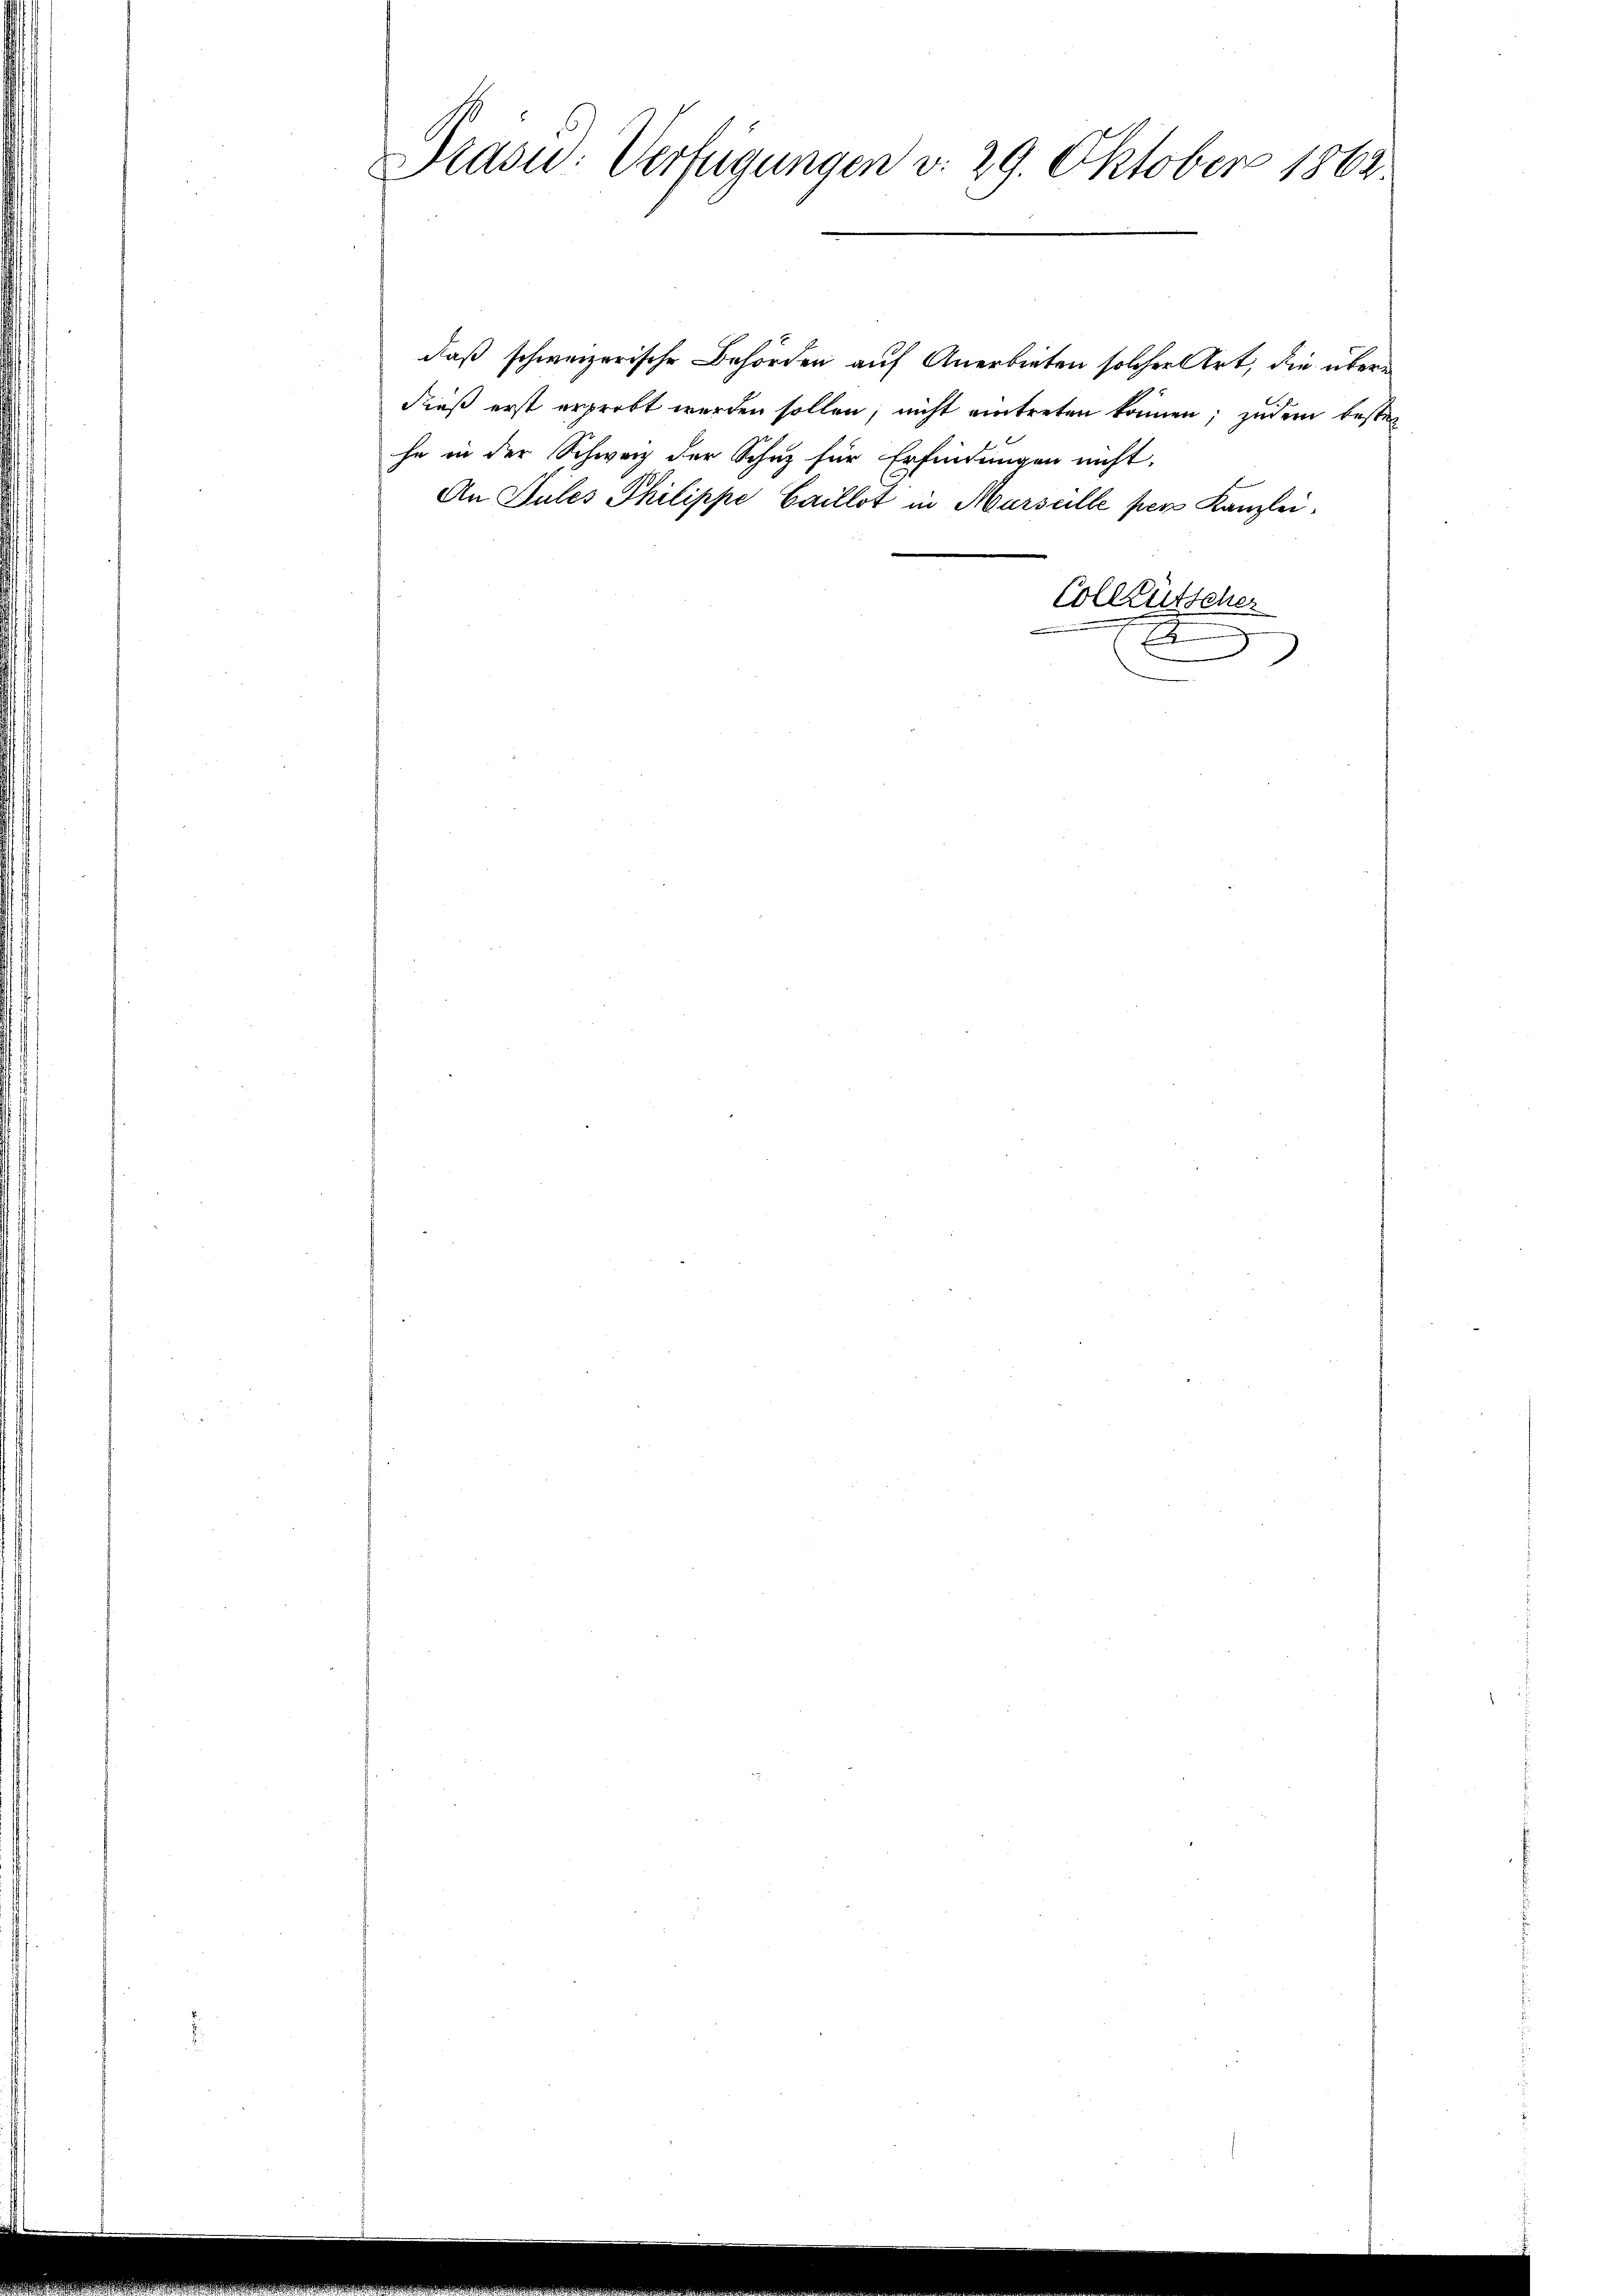
.

Pravid: Verfügungen v. 29. Oktober 1862.

daß schweizerische Behörden auf Anerbieten solcher Art, die überdieß erst erprobt werden sollen, nicht eintreten können; zudem bestel
he in der Schweiz der Schuz für Erfindungen nicht.
An Sules Philippe Caillot in Marselle per Kanzlei.
Colleütscher
E